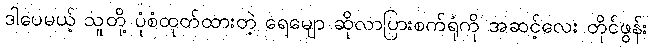
ဒါပေမယ့် သူတို့ ပုံစံထုတ်ထားတဲ့ ရေမျော ဆိုလာပြားစက်ရုံကို အဆင့်လေး တိုင်ဖွန်း